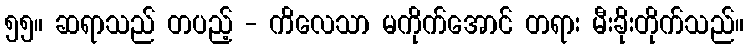
၅၅။ ဆရာသည် တပည့် - ကိလေသာ မကိုက်အောင် တရား မီးခိုးတိုက်သည်။